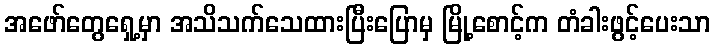
အဖော်တွေရှေ့မှာ အသိသက်သေထားပြီးပြောမှ မြို့စောင့်က တံခါးဖွင့်ပေးသာ